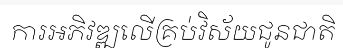
ការអភិវឌ្ឍលើគ្រប់វិស័យជូនជាតិ